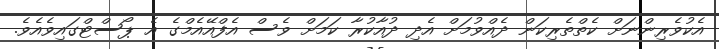
އެކުވެރިންނަށް ކެތްތެރިކަން ދެއްވުމަށް އެދި ދުއާކުރާ ކަމަށް ވެސް އެފްއޭއެމްގެ އެ ޕޯސްޓްގައިވެއެވެ.